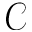
\mathcal { C }